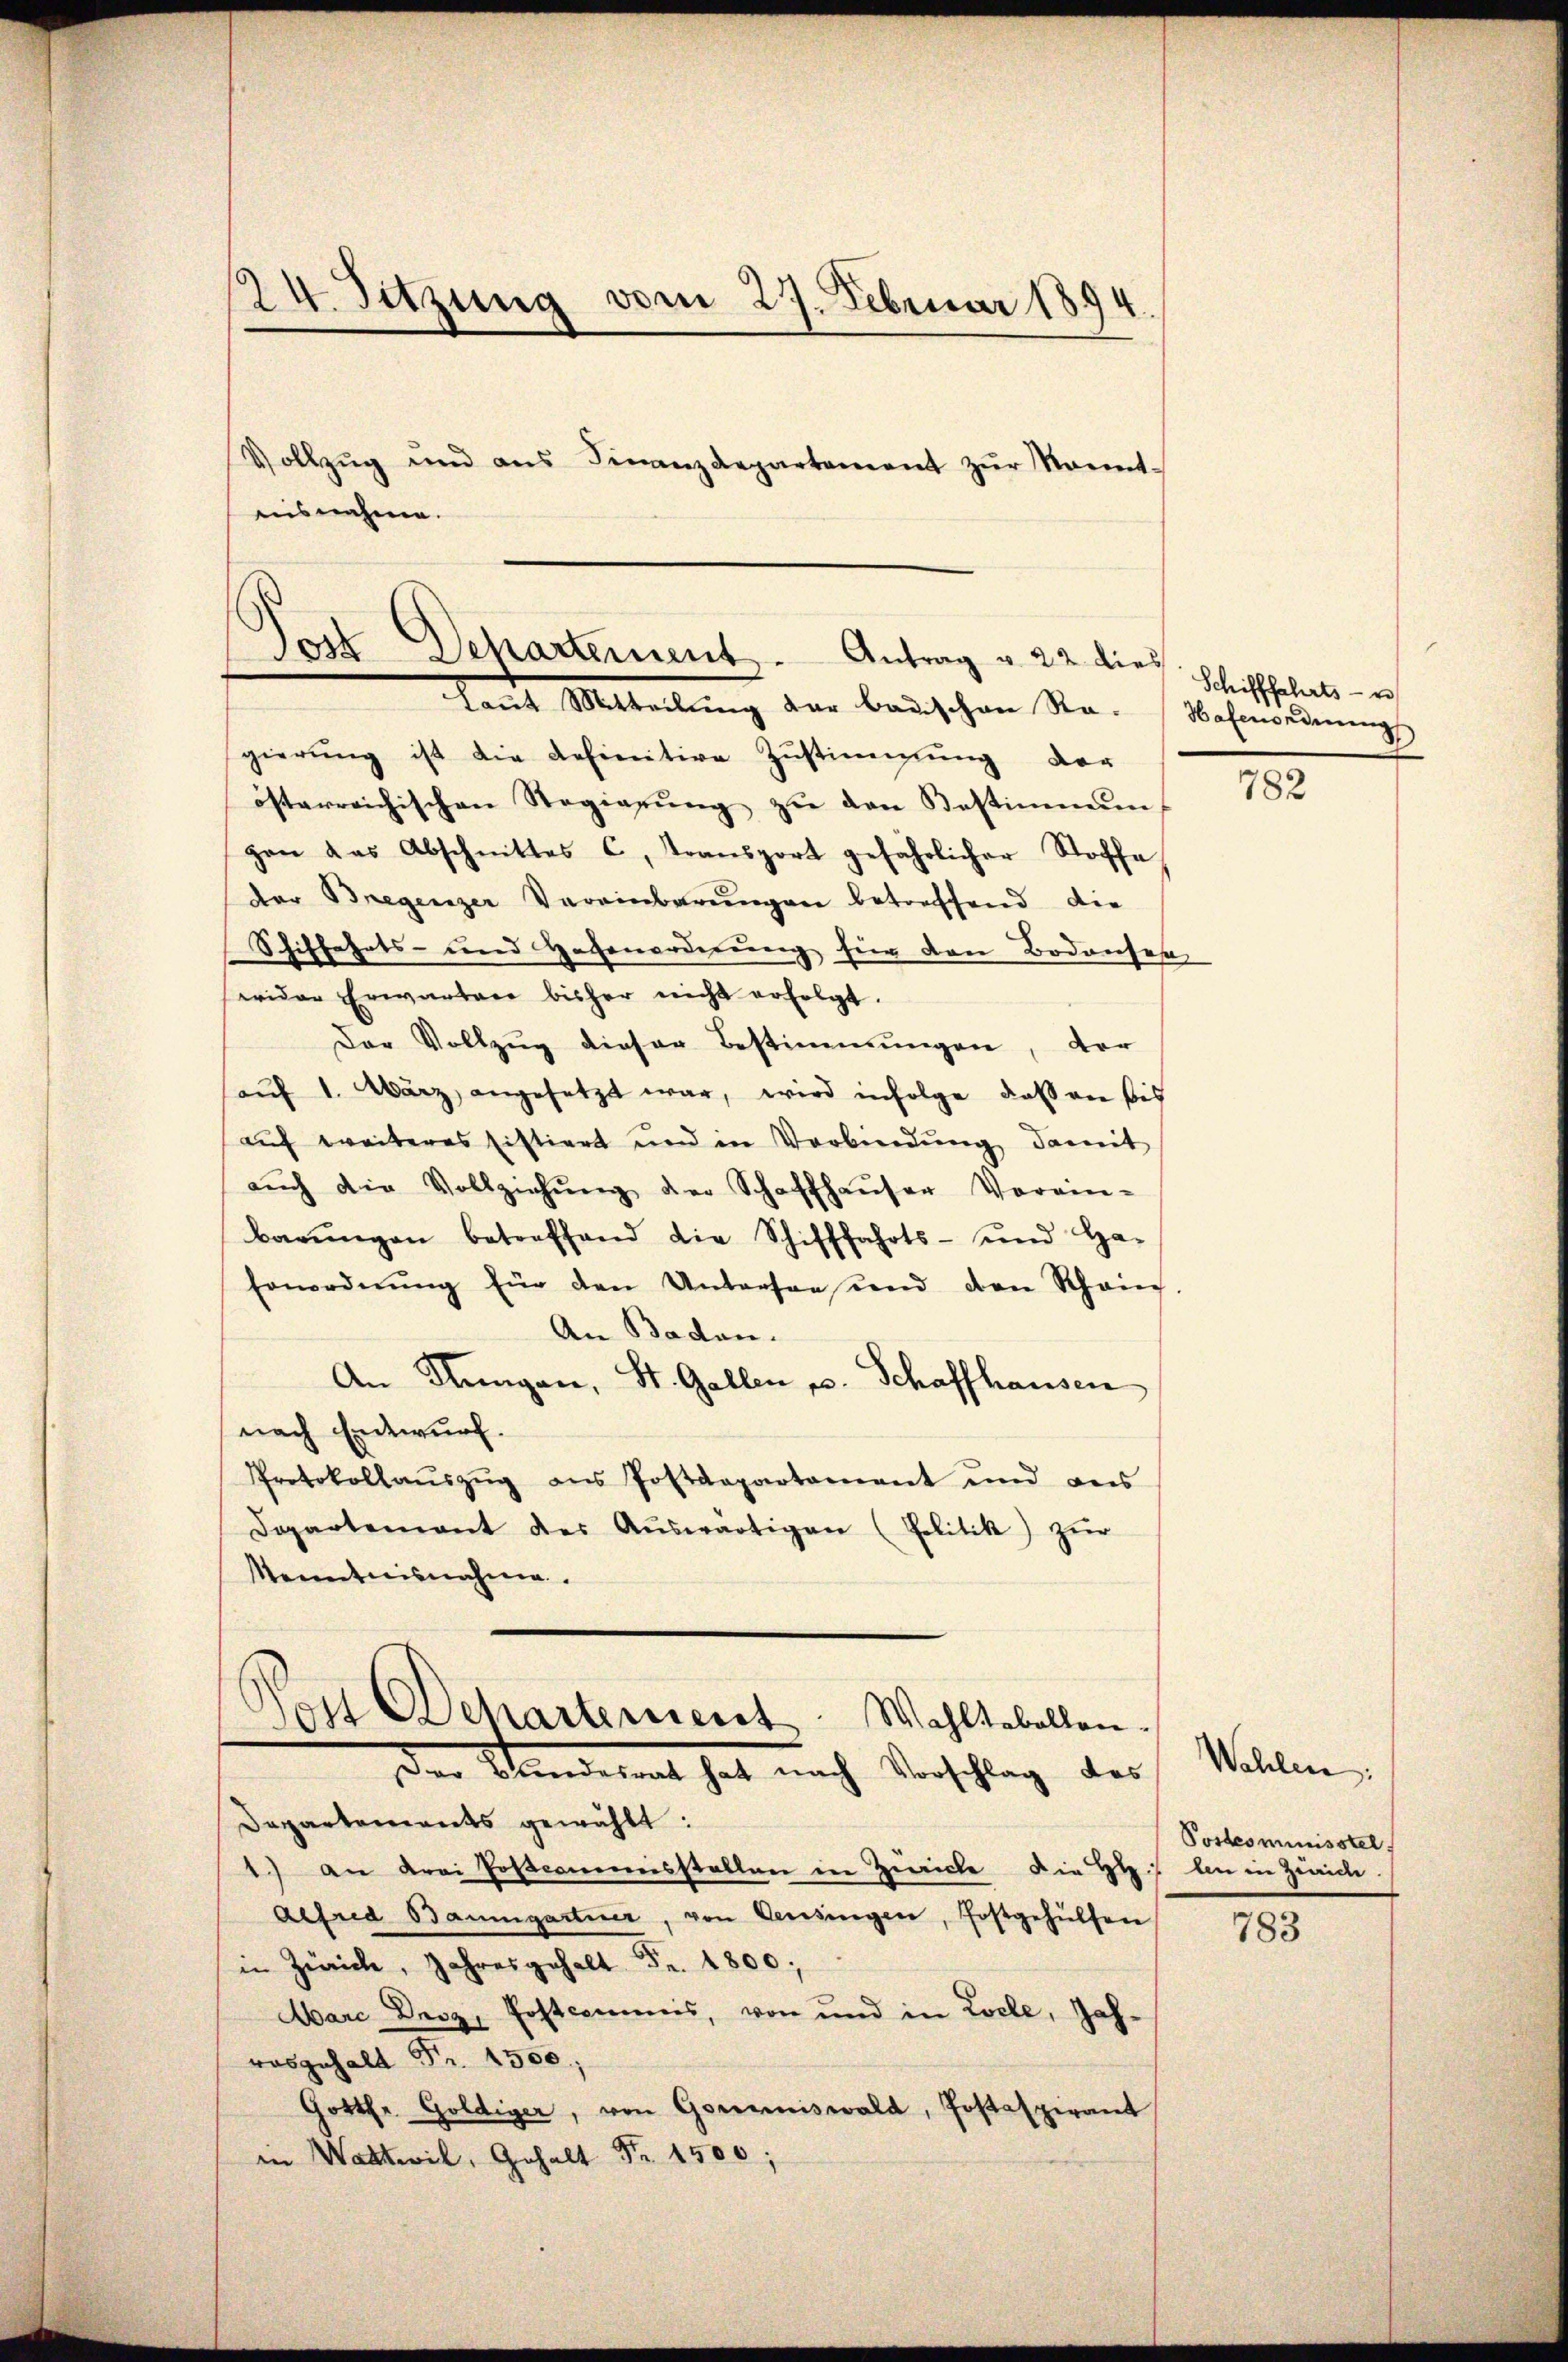
gierŭng ist die definitive Zŭstimmung der
österreichischen Regierŭng zŭ den Bestimmenf
gan das Abschnittes C, Transport gefährlicher Stoffe
Der Bregenzer Vereinbarŭngen betreffend die
Schiffahrts- und Hafenordnŭng für den Bodenses
wider Erwarter bisher nicht erfolgt.
Der Vollzug dieser Bestimmungen, vor
aŭf 1. März angesetzt war, wird infolge das von bis
aŭf weiteres Eistiert und in Verbindŭng damit
aŭch die Vollziehŭng der Schaffhaŭser Vorein-
barŭngen betreffend die Schifffahrts- und Ha-
Ernordnŭng für den Unterson und den Schein-
An Baden.
An Hungen, St. Gallen u. Schaffhausen
nach Entwurf.
Protokollaŭszŭg ans Postdepartament und aus
Dopartement der Aŭswärtigen (Politik) zŭr
Kenntnisnahme.
Post Departement. Wahltabellen.
den Mindetent hat nach Verschlag des
Departements gewählt:
1) an Frei Postcommisstellen in Zürich die HH. An in Zürich
Alfred Baumgartner, von Censingen, fostgehülfen
in Zürich, Jahresgehalt Fr. 1800;
Marc Droz, Postcommis, von und in Loche, Jahwasgehalt Fr. 1500.
Gottfr. Goldiger, von Gommiswald, Jostaspirant
in Wattwil, Gehalt Fr. 1500;

24. Sitzung vom 27. Februar 1894.
Vollzŭg und ans Finanzdepartement zŭr Sonnt-
ausnahme.

Tott Departement. Antrag v. 22 dies
Laut Mittellung der badischen Sta-Wohnordnung

Schifffahrts- u

782

Wahlen:
Postcominisstel

783